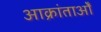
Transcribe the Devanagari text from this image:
आक्रांताओँ